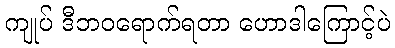
ကျုပ် ဒီဘဝရောက်ရတာ ဟောဒါကြောင့်ပဲ